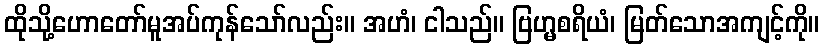
ထိုသို့ဟောတော်မူအပ်ကုန်သော်လည်း။ အဟံ၊ ငါသည်။ ဗြဟ္မစရိယံ၊ မြတ်သောအကျင့်ကို။